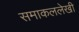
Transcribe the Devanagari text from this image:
समाकललेखी